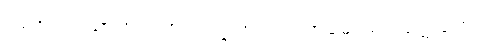
၁၅၆။ ဥဿာဟာ’ တပ္ပ ပဂ္ဂါဟာ၊ ဝါယာမော စ ပရက္ကမော။